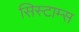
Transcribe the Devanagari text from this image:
सिस्टाम्स